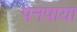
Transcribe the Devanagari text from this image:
पनपाया